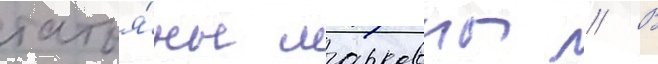
татья́ны марковны // В